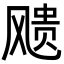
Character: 𩙬